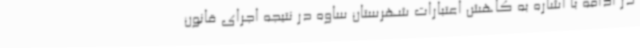
در ادامه با اشاره به کاهش اعتبارات شهرستان ساوه در نتیجه اجرای قانون